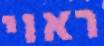
ראוי